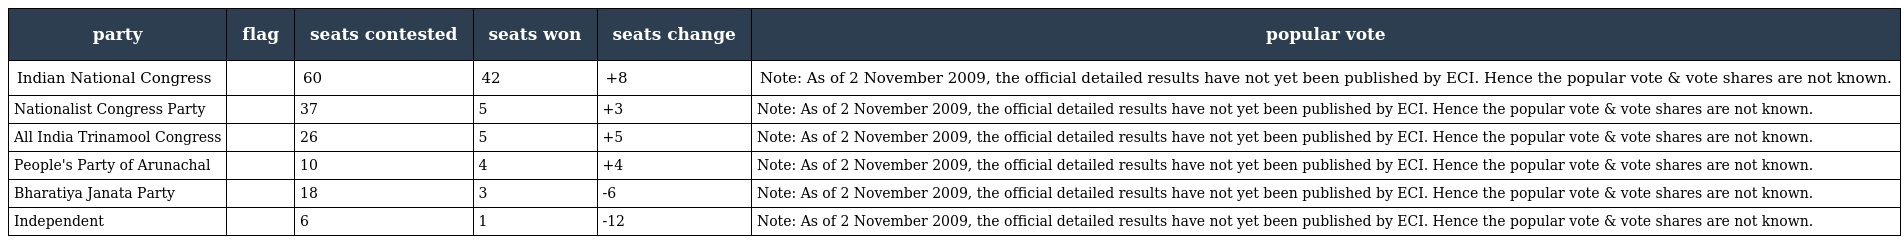
| party | flag | seats contested | seats won | seats change | popular vote |
 | --- | --- | --- | --- | --- | --- |
 | Indian National Congress |  | 60 | 42 | +8 | Note: As of 2 November 2009, the official detailed results have not yet been published by ECI. Hence the popular vote & vote shares are not known. |
 | Nationalist Congress Party |  | 37 | 5 | +3 | Note: As of 2 November 2009, the official detailed results have not yet been published by ECI. Hence the popular vote & vote shares are not known. |
 | All India Trinamool Congress |  | 26 | 5 | +5 | Note: As of 2 November 2009, the official detailed results have not yet been published by ECI. Hence the popular vote & vote shares are not known. |
 | People's Party of Arunachal |  | 10 | 4 | +4 | Note: As of 2 November 2009, the official detailed results have not yet been published by ECI. Hence the popular vote & vote shares are not known. |
 | Bharatiya Janata Party |  | 18 | 3 | -6 | Note: As of 2 November 2009, the official detailed results have not yet been published by ECI. Hence the popular vote & vote shares are not known. |
 | Independent |  | 6 | 1 | -12 | Note: As of 2 November 2009, the official detailed results have not yet been published by ECI. Hence the popular vote & vote shares are not known. |